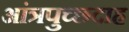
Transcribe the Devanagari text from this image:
आंत्रपुच्छदाह